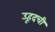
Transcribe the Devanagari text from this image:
उहूदची